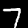
Label: 7